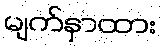
မျက်နှာထား